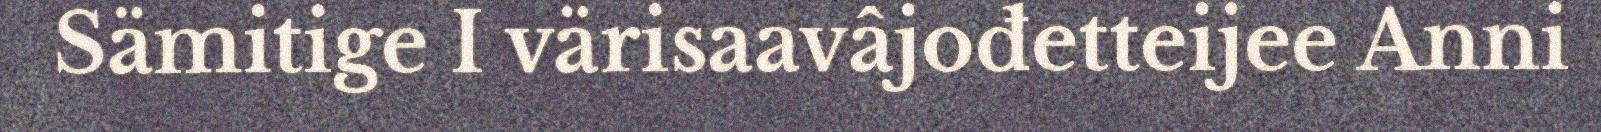
Sämitige I värisaavâjođetteijee Anni